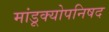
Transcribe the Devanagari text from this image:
मांडूक्योपनिषद